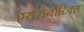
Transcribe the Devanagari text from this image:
एयरोनौटिक्स